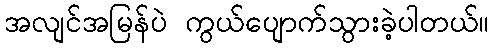
အလျင်အမြန်ပဲ ကွယ်ပျောက်သွားခဲ့ပါတယ်။